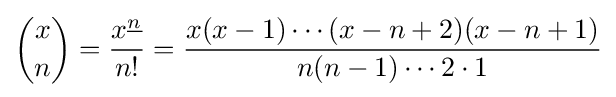
{\binom {x}{n}}={\frac {x^{\underline {n}}}{n!}}={\frac {x(x-1)\cdots (x-n+2)(x-n+1)}{n(n-1)\cdots 2\cdot 1}}